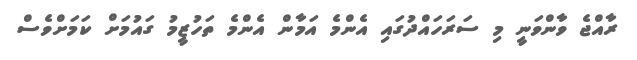
ރާއްޖެ ވާންވަނީ މި ސަރަހައްދުގައި އެންމެ އަމާން އެންމެ ތަހުޒީމު ގައުމަށް ކަމަށްވެސް